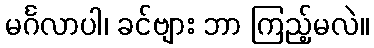
မင်္ဂလာပါ၊ ခင်ဗျား ဘာ ကြည့်မလဲ။